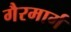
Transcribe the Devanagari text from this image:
गैरमार्ग